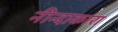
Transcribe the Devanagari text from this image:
नीन्दाकारा